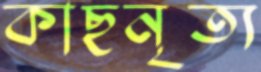
কাছনৃত্য